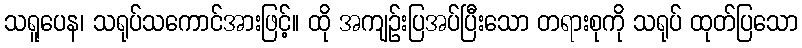
သရူပေန၊ သရုပ်သကောင်အားဖြင့်။ ထို အကျဉ်းပြအပ်ပြီးသော တရားစုကို သရုပ် ထုတ်ပြသော